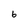
Character: 6